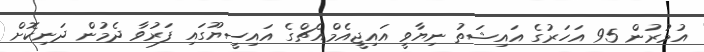
އުމުރުން 95 އަހަރުގެ އައިޝަތު ނިޔާވީ އައިޖީއެމްއެޗްގެ އައިސީޔޫގައި ފަރުވާ ދެމުން ދަނިކޮށް